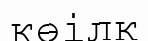
көілк